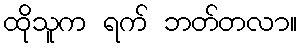
ထိုသူက ရက် ဘတ်တလာ။